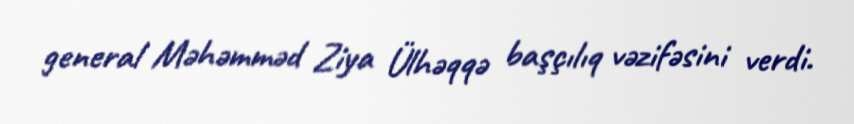
general Məhəmməd Ziya Ülhəqqə başçılıq vəzifəsini verdi.